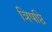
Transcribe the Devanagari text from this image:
त्रिषष्ठि